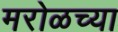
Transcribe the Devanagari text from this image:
मरोळच्या